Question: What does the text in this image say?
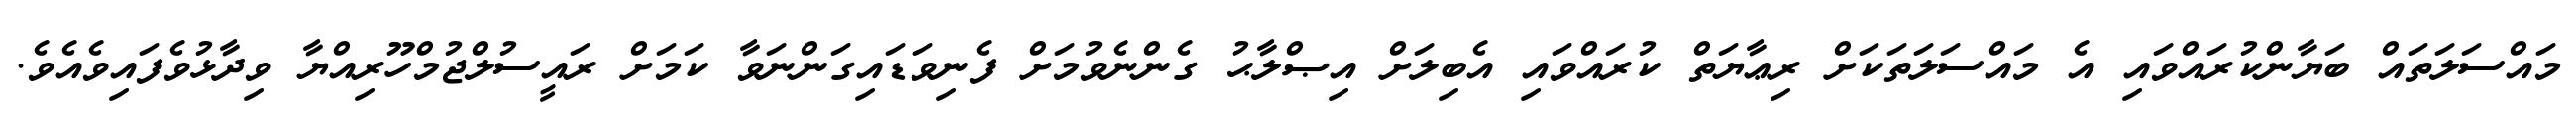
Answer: މައްސަލަތައް ބަޔާންކުރައްވައި އެ މައްސަލަތަކަށް ރިޢާޔަތް ކުރައްވައި އެބިލަށް އިޞްލާޙު ގެންނެވުމަށް ފެނިވަޑައިގަންނަވާ ކަމަށް ރައީސުލްޖުމްހޫރިއްޔާ ވިދާޅުވެފައިވެއެވެ.